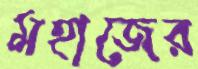
মহাজের